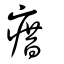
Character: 瘄